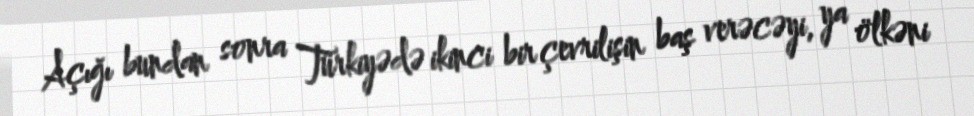
Açığı bundan sonra Türkiyədə ikinci bir çevrilişin baş verəcəyi, ya ölkəni